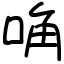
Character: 唃